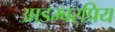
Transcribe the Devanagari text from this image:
आडम्बरप्रिय